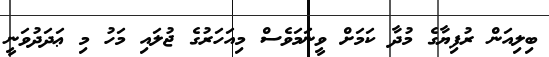
ބިލިއަން ރުފިޔާގެ މުދާ ކަމަށް ވީނަމަވެސް މިއަހަރުގެ ޖުލައި މަހު މި ޢަދަދުވަނީ